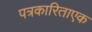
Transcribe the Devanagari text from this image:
पत्रकारिताएक